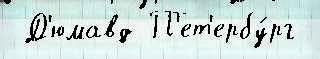
 Д'юмавд П'ет'ербу́рг